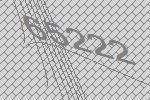
65222